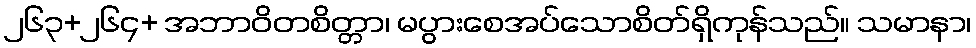
၂၆၃+၂၆၄+ အဘာဝိတစိတ္တာ၊ မပွားစေအပ်သောစိတ်ရှိကုန်သည်။ သမာနာ၊